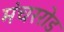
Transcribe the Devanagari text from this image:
मंचररोड